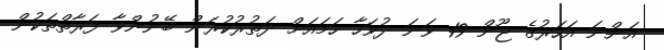
އަންނަ އަހަރުގެ ޖޫން 19 ވަނަ ދުވަހާ ހަމައަށް ދަތުރުކުރަން ބޭނުންވާ ފަރާތްތަކުން